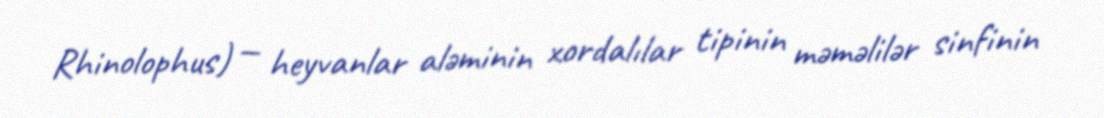
Rhinolophus) — heyvanlar aləminin xordalılar tipinin məməlilər sinfinin